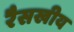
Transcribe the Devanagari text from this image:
रैसखीय